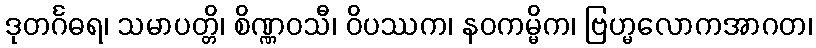
ဒုတင်္ဂဓရ၊ သမာပတ္တိ၊ စိဏ္ဏဝသီ၊ ဝိပဿက၊ နဝကမ္မိက၊ ဗြဟ္မလောကအာဂတ၊